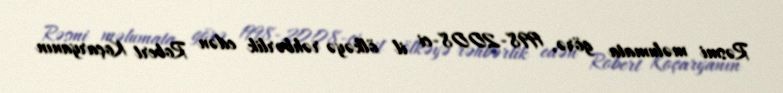
Rəsmi məlumata görə, 1998-2008-ci il ölkəyə rəhbərlik edən Robert Koçaryanın